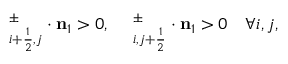
{ \bf \Pi } _ { i + \frac { 1 } { 2 } , j } ^ { \pm } \cdot \mathbf { n } _ { 1 } > 0 , \quad { \bf \Pi } _ { i , j + \frac { 1 } { 2 } } ^ { \pm } \cdot \mathbf { n } _ { 1 } > 0 \quad \forall i , j ,